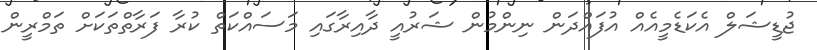
ޖުޑީޝަލް އެކަޑެމީއެއް އުފައްދަން ނިންމުން ޝަރުއީ ދާއިރާގައި މަސައްކަތް ކުރާ ފަރާތްތަކަށް ތަމްރީން